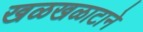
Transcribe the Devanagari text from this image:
खळखळाटाने